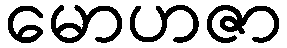
မောဟဇာ